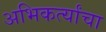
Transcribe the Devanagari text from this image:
अभिकर्त्यांचा